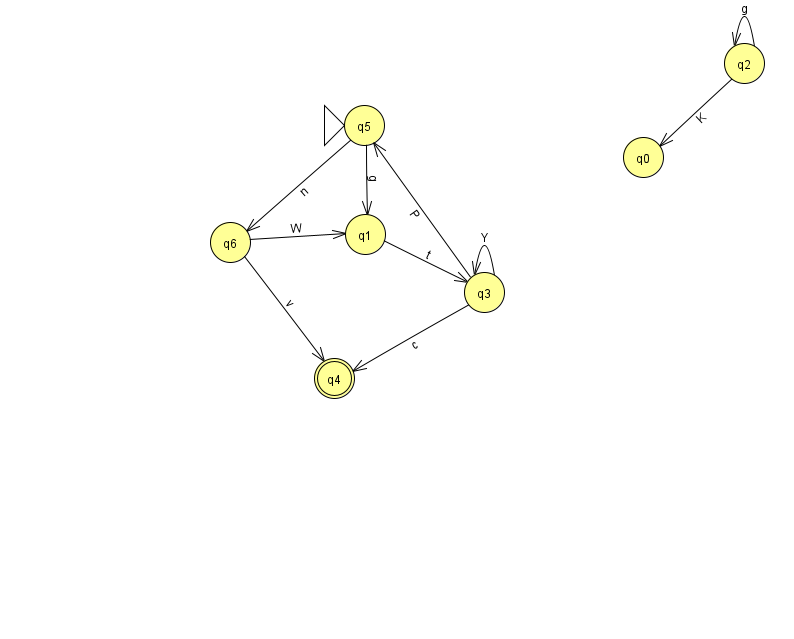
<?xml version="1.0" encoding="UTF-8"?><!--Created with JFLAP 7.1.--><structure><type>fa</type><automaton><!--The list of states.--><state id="0" name="q0"><x>643.0</x><y>144.0</y></state><state id="1" name="q1"><x>365.0</x><y>221.0</y></state><state id="2" name="q2"><x>744.0</x><y>50.0</y></state><state id="3" name="q3"><x>484.0</x><y>279.0</y></state><state id="4" name="q4"><x>334.0</x><y>365.0</y><final/></state><state id="5" name="q5"><x>364.0</x><y>112.0</y><initial/></state><state id="6" name="q6"><x>230.0</x><y>229.0</y></state><!--The list of transitions.--><transition><from>6</from><to>4</to><read>v</read></transition><transition><from>1</from><to>3</to><read>t</read></transition><transition><from>3</from><to>5</to><read>P</read></transition><transition><from>5</from><to>1</to><read>g</read></transition><transition><from>2</from><to>2</to><read>g</read></transition><transition><from>5</from><to>6</to><read>n</read></transition><transition><from>2</from><to>0</to><read>K</read></transition><transition><from>3</from><to>3</to><read>Y</read></transition><transition><from>6</from><to>1</to><read>W</read></transition><transition><from>3</from><to>4</to><read>c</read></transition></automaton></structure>